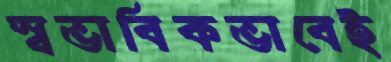
স্বভাবিকভাবেই